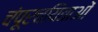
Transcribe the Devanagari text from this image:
चंपूरचयिताओं